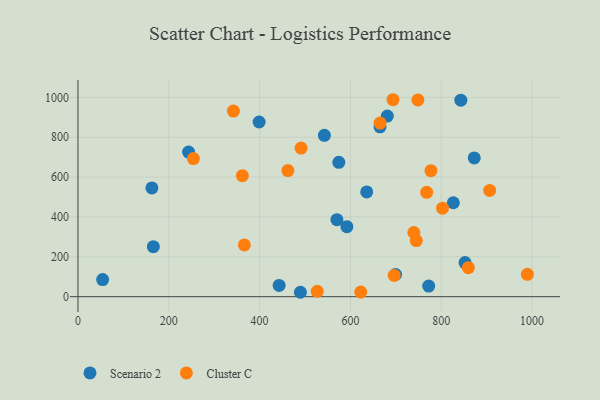
{"axis": {"x": "Speed", "y": "Profit"}, "legend": ["Cluster C", "Scenario 2"], "data": [{"x": "826.5", "y": 471.4, "type": "Scenario 2"}, {"x": "843.1", "y": 986.2, "type": "Scenario 2"}, {"x": "574.4", "y": 674.4, "type": "Scenario 2"}, {"x": "443.0", "y": 56.6, "type": "Scenario 2"}, {"x": "54.3", "y": 85.8, "type": "Scenario 2"}, {"x": "699.4", "y": 111.4, "type": "Scenario 2"}, {"x": "635.8", "y": 525.6, "type": "Scenario 2"}, {"x": "162.8", "y": 545.8, "type": "Scenario 2"}, {"x": "489.8", "y": 22.1, "type": "Scenario 2"}, {"x": "542.6", "y": 809.8, "type": "Scenario 2"}, {"x": "398.9", "y": 876.6, "type": "Scenario 2"}, {"x": "665.1", "y": 852.4, "type": "Scenario 2"}, {"x": "592.1", "y": 351.2, "type": "Scenario 2"}, {"x": "570.2", "y": 386.5, "type": "Scenario 2"}, {"x": "681.2", "y": 906.1, "type": "Scenario 2"}, {"x": "166.0", "y": 250.8, "type": "Scenario 2"}, {"x": "872.6", "y": 696.5, "type": "Scenario 2"}, {"x": "772.3", "y": 53.2, "type": "Scenario 2"}, {"x": "852.4", "y": 171.1, "type": "Scenario 2"}, {"x": "243.6", "y": 725.4, "type": "Scenario 2"}, {"x": "491.3", "y": 745.8, "type": "Cluster C"}, {"x": "767.9", "y": 523.8, "type": "Cluster C"}, {"x": "696.3", "y": 106.7, "type": "Cluster C"}, {"x": "802.8", "y": 444.1, "type": "Cluster C"}, {"x": "745.0", "y": 281.5, "type": "Cluster C"}, {"x": "362.0", "y": 607.3, "type": "Cluster C"}, {"x": "526.9", "y": 27.0, "type": "Cluster C"}, {"x": "777.3", "y": 632.2, "type": "Cluster C"}, {"x": "739.6", "y": 322.0, "type": "Cluster C"}, {"x": "906.5", "y": 533.0, "type": "Cluster C"}, {"x": "622.7", "y": 23.3, "type": "Cluster C"}, {"x": "693.7", "y": 988.3, "type": "Cluster C"}, {"x": "748.5", "y": 987.3, "type": "Cluster C"}, {"x": "254.2", "y": 693.1, "type": "Cluster C"}, {"x": "342.3", "y": 931.3, "type": "Cluster C"}, {"x": "859.6", "y": 145.5, "type": "Cluster C"}, {"x": "989.6", "y": 112.4, "type": "Cluster C"}, {"x": "665.2", "y": 871.3, "type": "Cluster C"}, {"x": "462.3", "y": 632.8, "type": "Cluster C"}, {"x": "366.4", "y": 259.7, "type": "Cluster C"}]}